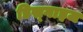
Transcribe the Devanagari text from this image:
डिस्गाइज